Annual administration report of the Civil Veterinary Department, Ajmere-Merwara, British Rajputana - 1914-1940
Year: 1914
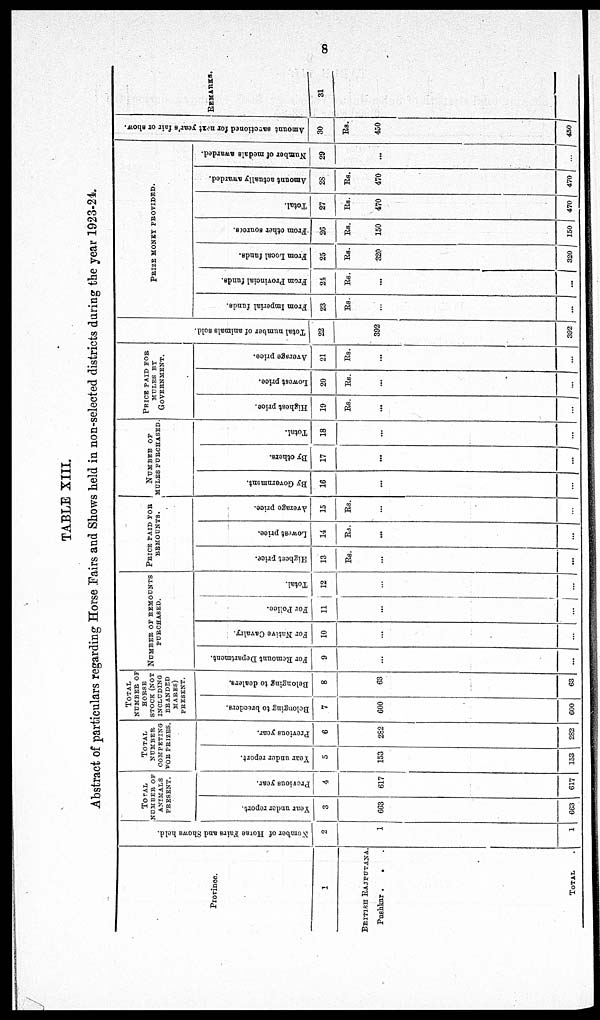
8
TABLE XIII.
Abstract of particulars regarding Horse Fairs and Shows held in non-selected districts during the year 1923-24.
Province.
1
BRITISH RAJPUTANA.
Pushkar .
. .
TOTAL .
Number
of Horse Fairs and Shows held.
2
1
1
TOTAL
NUMBER OF
ANIMALS
PRESENT.
Year under report.
3
663
663
Previous year.
4
617
617
TOTAL
NUMBER
COMPETING
FOR PRIZES.
Year under report.
5
153
153
Previous year.
6
282
282
TOTAL
NUMBER OF
HORSE
STOCK (NOT
INCLUDING
BRANDED
MARES)
PRESENT.
Belonging to braeders.
7
600
600
Belonging to dealers.
8
63
63
NUMBER OF REMOUNTS
PURCHASED.
For Remount Department.
9
...
...
For Native Cavalry.
10
...
...
For Police.
11
...
...
Total.
12
...
...
PRICE PAID FOR
REMOUNTS.
Highest price.
13
Rs.
...
...
Lowest price.
14
Rs.
...
...
Average price.
15
Rs.
...
...
NUMBER OF
MULES PURCHASED.
By Government.
16
...
...
By others.
17
...
...
Total.
18
...
...
PRICE PAID FOR
MULES BY
GOVERNMENT.
Highest price.
19
Rs.
...
...
Lowest price.
20
Rs.
...
...
Average price.
21
Rs.
...
...
Total number of animals sold.
22
392
392
PRIZE MONEY PROVIDED.
From Imperial funds.
23
Rs.
...
...
From Provincial funds.
24
Rs.
...
...
From Local funds.
25
Rs.
320
320
From other sources.
26
Rs.
150
150
Total.
27
Rs.
470
470
Amount actually awarded.
28
Rs.
470
470
Number
of medals awarded.
29
...
...
Amount sanctioned for next
year's fair or show.
30
Rs.
450
450
REMARKS.
31